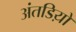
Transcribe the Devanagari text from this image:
अंतडिय़ों